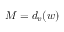
{ M = d _ { v } ( w ) }